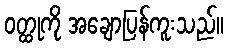
ဝတ္ထုကို အချောပြန်ကူးသည်။